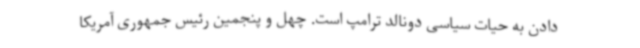
دادن به حیات سیاسی دونالد ترامپ است. چهل و پنجمین رئیس جمهوری آمریکا